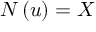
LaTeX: N \left( u \right) = X